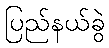
ပြည်နယ်ခွဲ